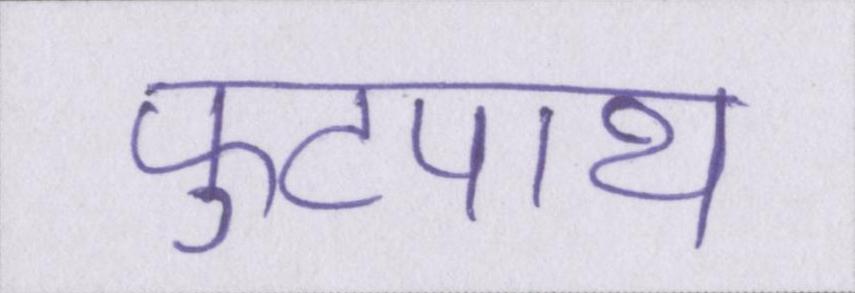
फुटपाथ